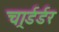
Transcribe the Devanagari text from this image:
चार्र्डर्डर